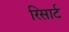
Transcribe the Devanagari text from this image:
रिसार्ट